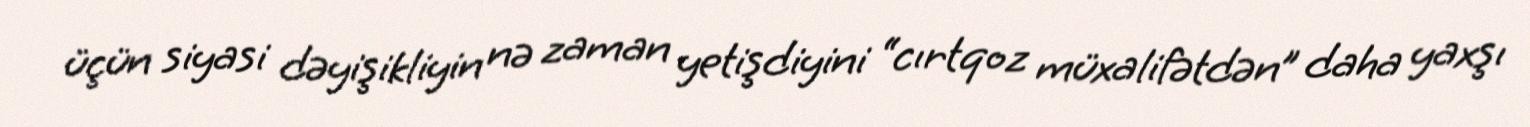
üçün siyasi dəyişikliyin nə zaman yetişdiyini “cırtqoz müxalifətdən” daha yaxşı